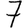
Digit: 7